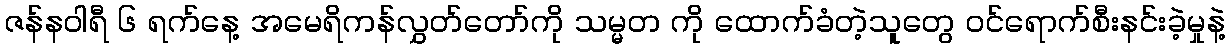
ဇန်နဝါရီ ၆ ရက်နေ့ အမေရိကန်လွှတ်တော်ကို သမ္မတ ကို ထောက်ခံတဲ့သူတွေ ဝင်ရောက်စီးနင်းခဲ့မှုနဲ့